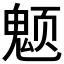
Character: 𱆚